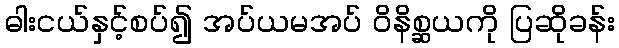
ဓါးငယ်နှင့်စပ်၍ အပ်ယမအပ် ဝိနိစ္ဆယကို ပြဆိုခန်း